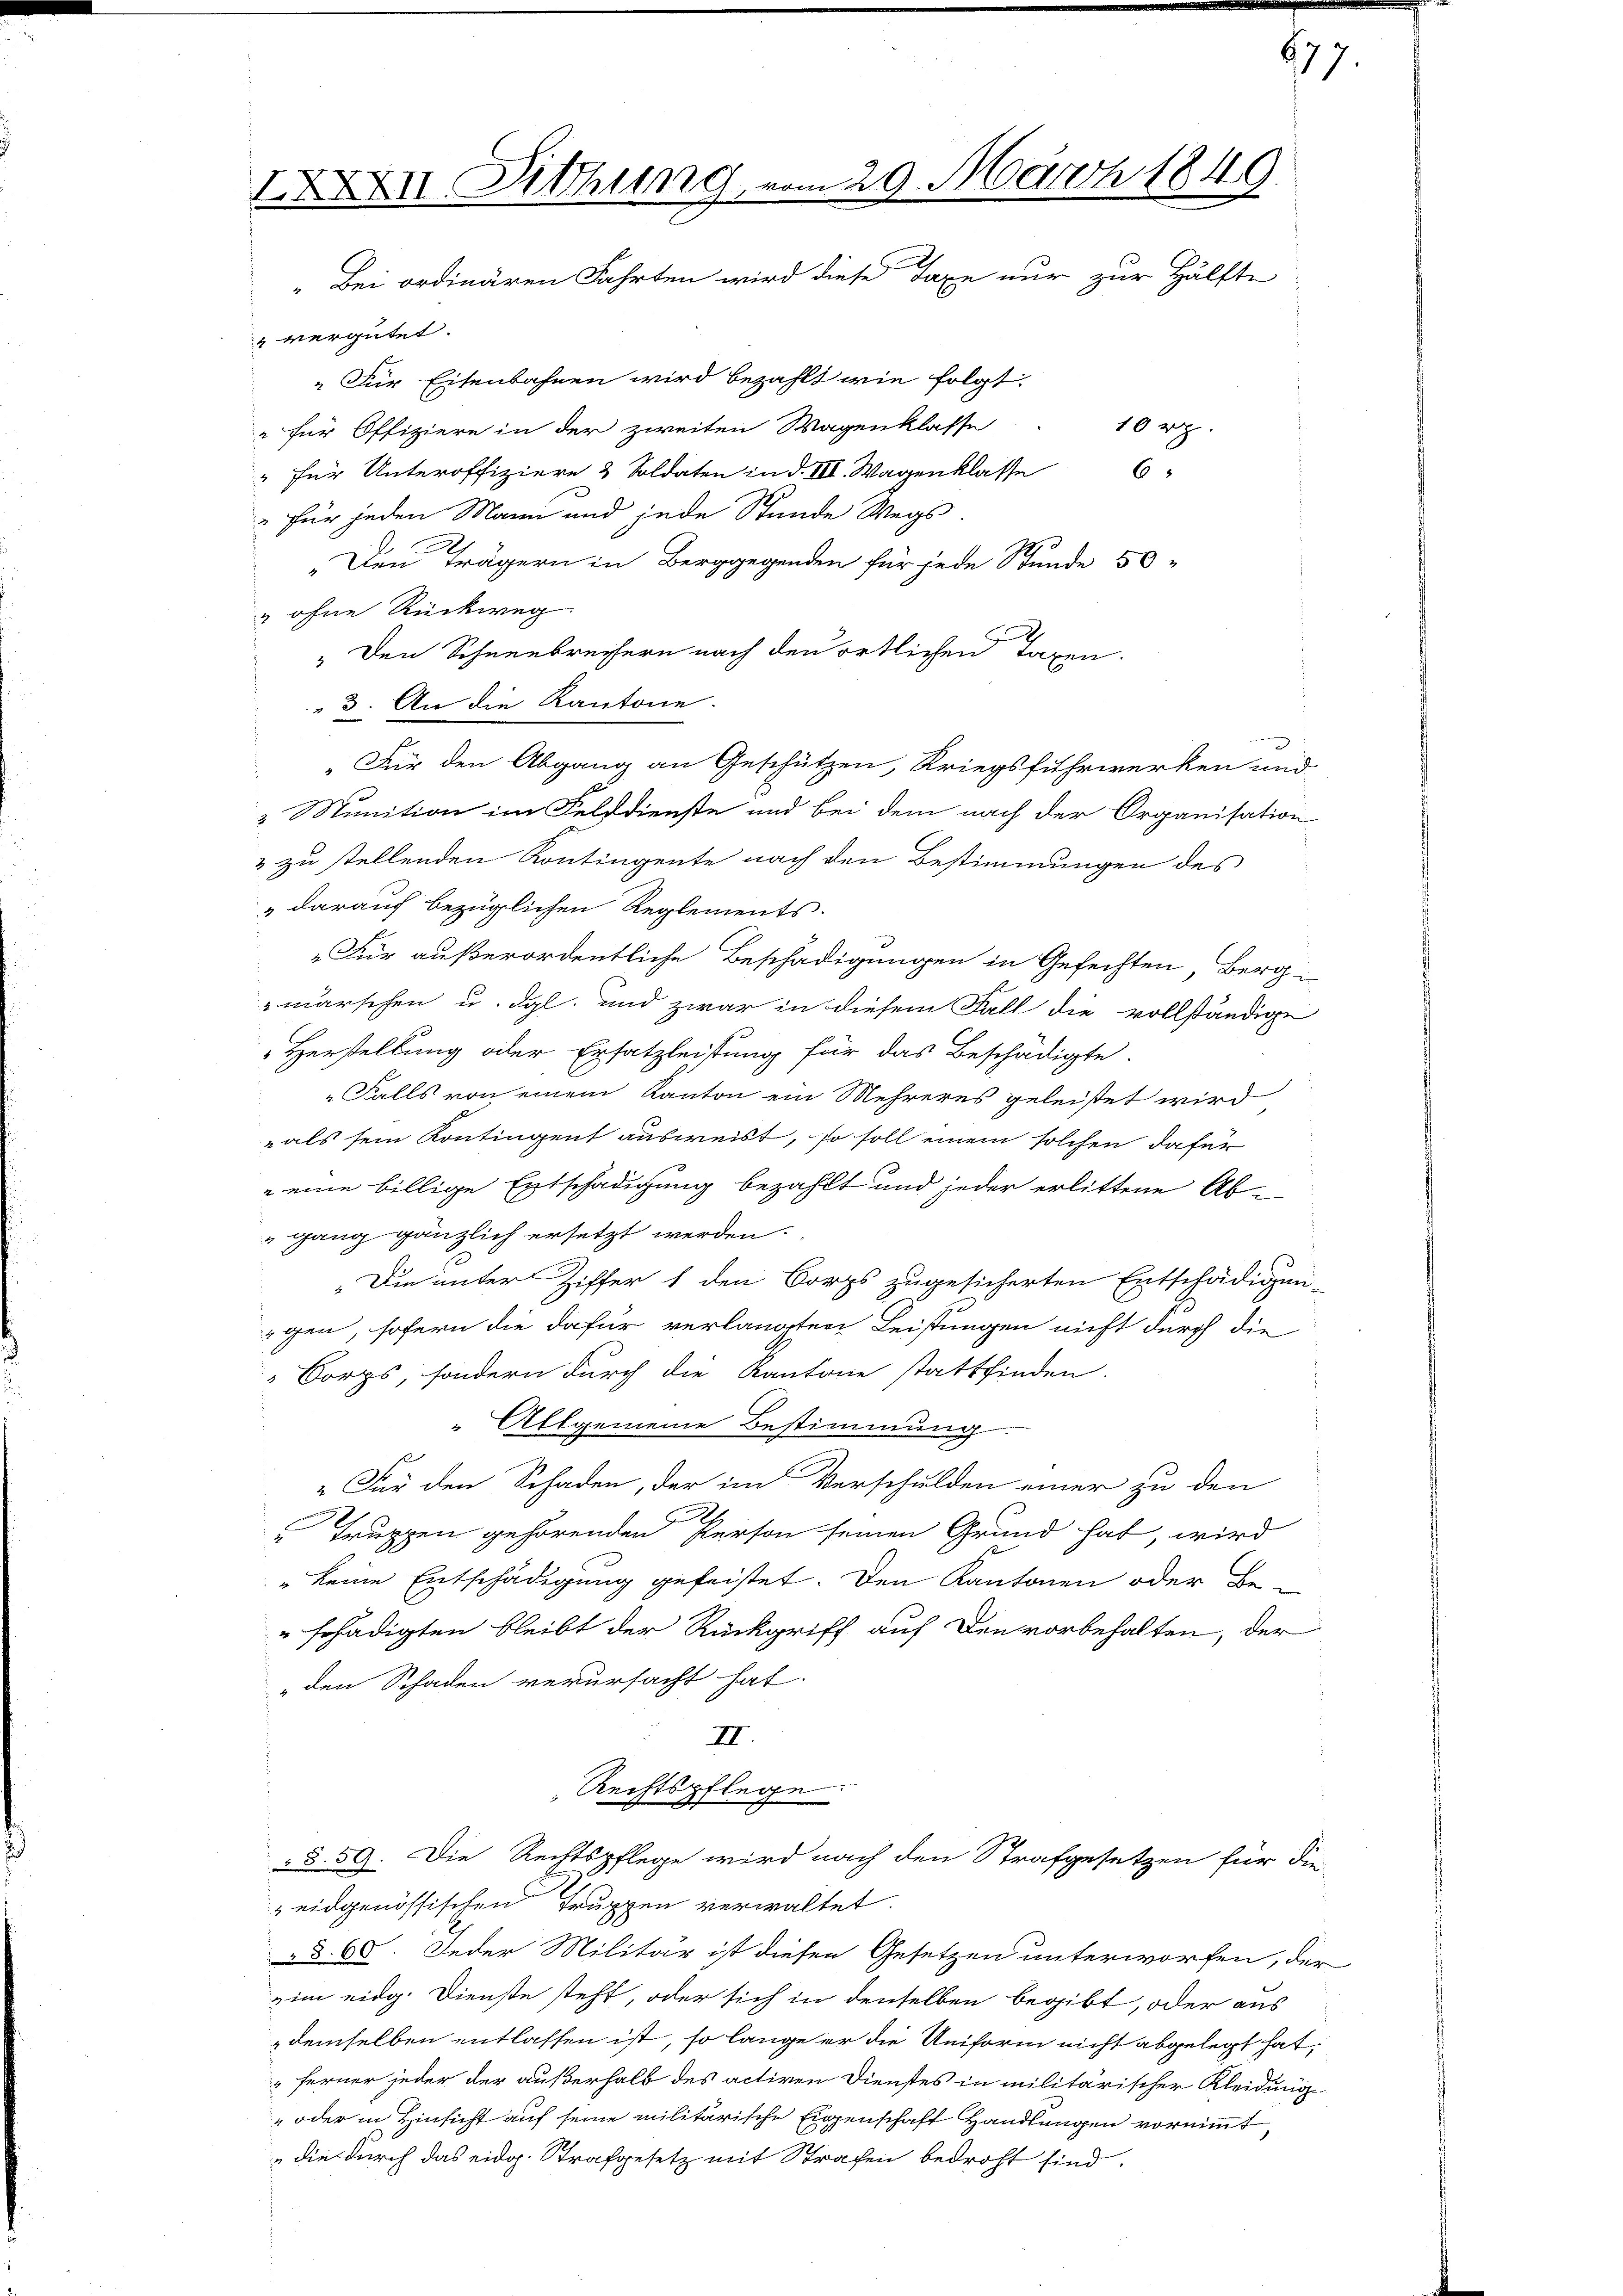
IXX Dithung vom 29. März 1849
„Bei ordinären Fahrten wird diese Taxe nur zur Hälfte

2 vergütet.
 Für Eisenbahnen wird bezahlt wie folgt.
" für Offiziere in der zweiten Wagenklasse
" für Unteroffiziere & Soldaten in d. VII. Wagenklasse 6
" für jeden Mann und jede Stunde Wegs
„Den Trägern in Berggegenden für jede Stunde 50
& ohne Rückweg
" Den Schneebreisern nach den örtlichen Taxen.
 3. An die Kantone.
 Munition im Felddienste und bei dem nach der Organisation
& zu stellenden Kontingente nach den Bestimmungen des
„darauf bezüglichen Reglements.
„Für außerordentliche Beschädigungen in Gefechten Berg-
marschen u. dgl. und zwar in diesem Fall die vollständige
Herstellung oder Ersatzleistung für das Beschädigte.
Falls von einem Kanton ein Mehreres geleistet wird
als sein Kontingent ausweist, so soll einem solchen dafür
" eine billige Entschädigung bezahlt und jeder erlittene Abgang gänzlich ersetzt werden.
„Die unter Ziffer 1 den Corps zugesicherten Entschädigun-
gen, sofern die dafür verlangten Leistungen nicht durch die
Corps, sondern durch die Kantone stattfinden.
" Allgemeine Bestimmung.
 Für den Schaden, der im Verschulden einer zu den
Truppen gehörenden Person seinen Grund hat, wird
" keine Entschädigung gefeistet. Den Kantonen oder Be-
schädigten bleibt der Rückgriff auf Den vorbehalten, der
„den Schaden verursacht hat.
III.
Rechtspflege.
§.59. Die Rechtspflege wird nach den Strafgesetzen für die
eidgenössischen Truppen verwaltet.
§ 60. Jeder Militär ist diesen Gesetzen unterworfen, der
im eidg. Dienste steht, oder sich in denselben begibt, oder aus
demselben entlassen ist, so lange er die Uniform nicht abgelegt hat,
ferner jeder der außerhalb des activen Dienstes in militärischer Kleidung
oder in Hinsicht auf seine militärische Eigenschaft Handlungen vornimmt,
die durch das eidg. Strafgesetz mit Strafen bedroht sind.

„Für den Abgang an Geschützen, Kriegsfuhrwerken und

10 rp.

677.